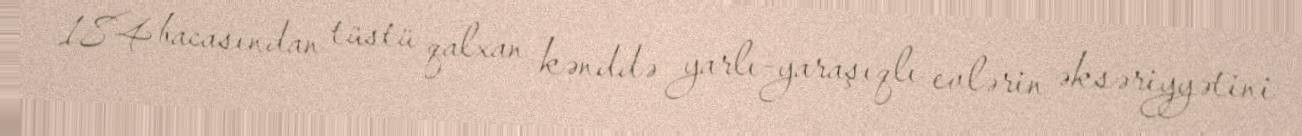
184 bacasından tüstü qalxan kənddə yarlı-yaraşıqlı evlərin əksəriyyətini